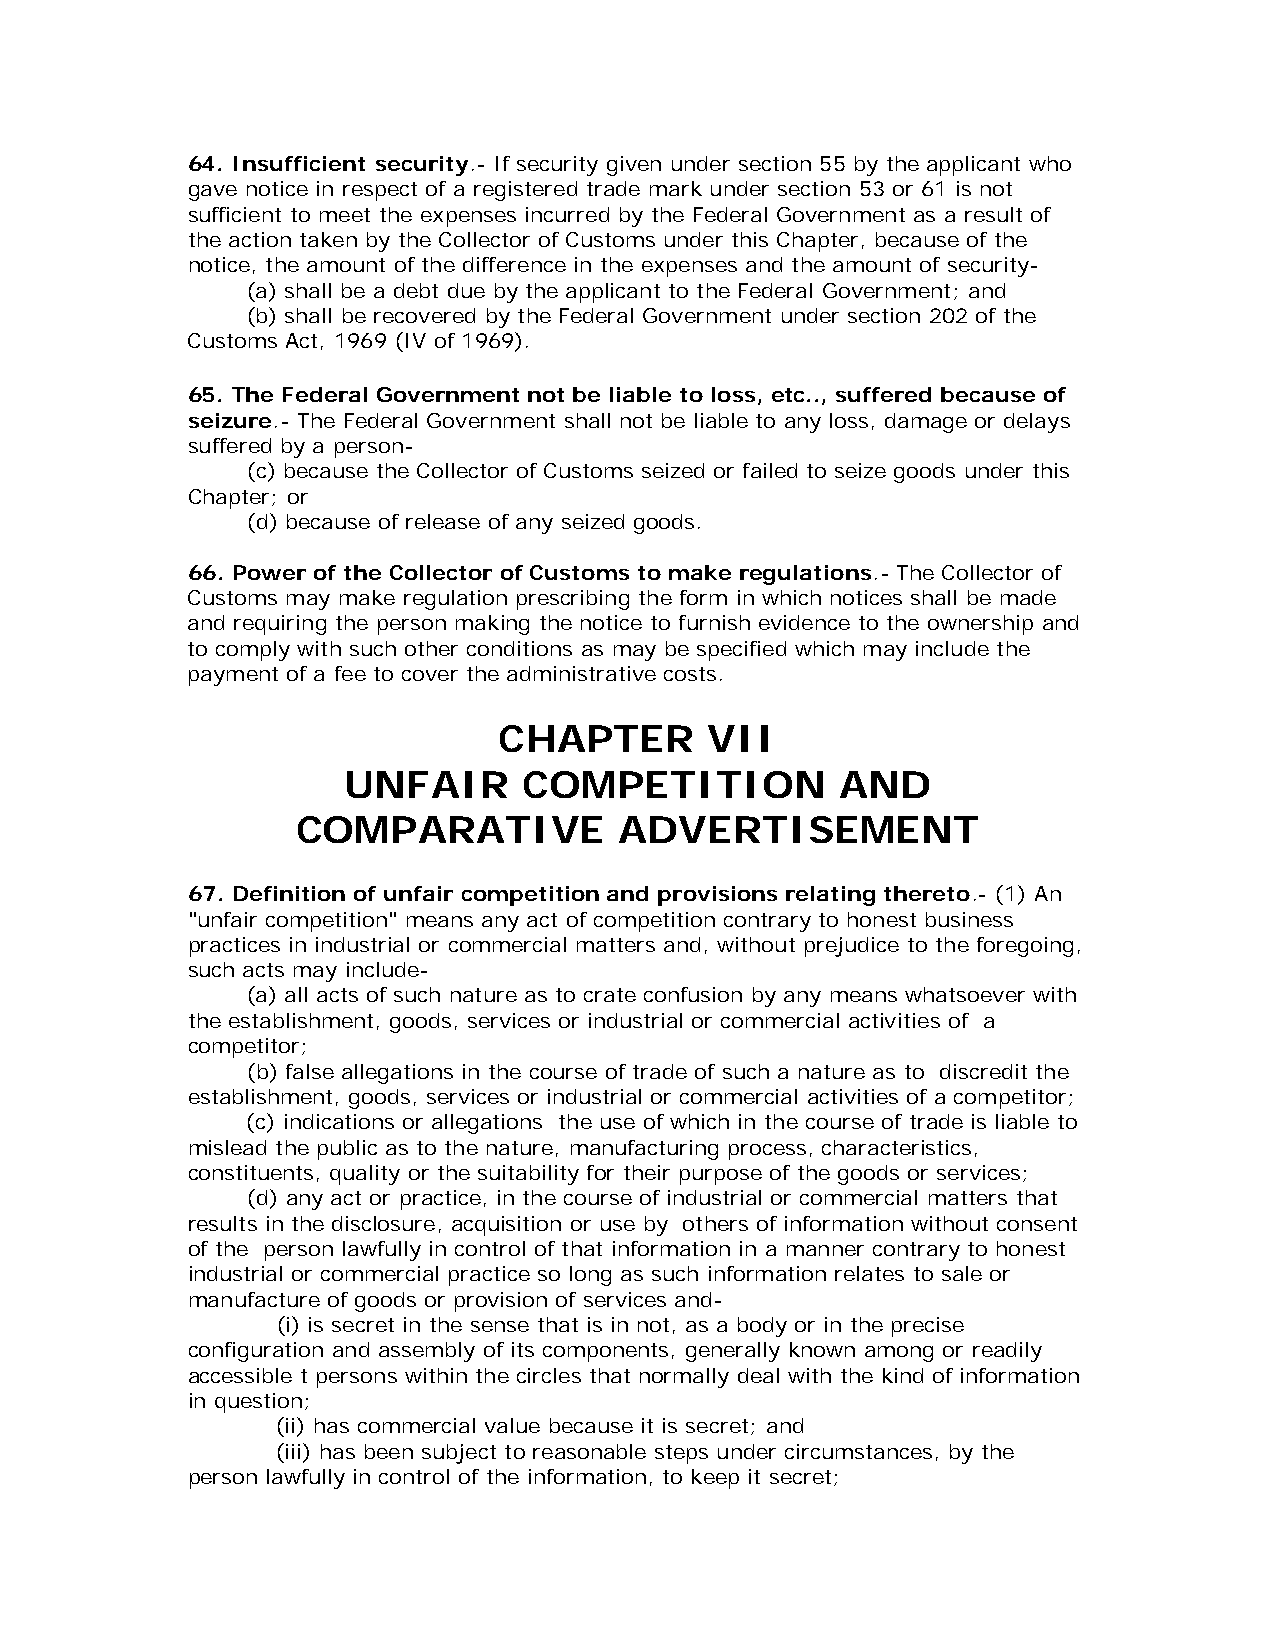
64. Insufficient security.- If security given under section 55 by the applicant who
 gave notice in respect of a registered trade mark under section 53 or 61 is not
 sufficient to meet the expenses incurred by the Federal Government as a result of
 the action taken by the Collector of Customs under this Chapter, because of the
 notice, the amount of the difference in the expenses and the amount of security-
 (a) shall be a debt due by the applicant to the Federal Government; and
 (b) shall be recovered by the Federal Government under section 202 of the
 Customs Act, 1969 (IV of 1969).
 65. The Federal Government not be liable to loss, etc.., suffered because of
 seizure.- The Federal Government shall not be liable to any loss, damage or delays
 suffered by a person-
 (c) because the Collector of Customs seized or failed to seize goods under this
 Chapter; or
 (d) because of release of any seized goods.
 66. Power of the Collector of Customs to make regulations.- The Collector of
 Customs may make regulation prescribing the form in which notices shall be made
 and requiring the person making the notice to furnish evidence to the ownership and
 to comply with such other conditions as may be specified which may include the
 payment of a fee to cover the administrative costs.
 CHAPTER       VII
 UNFAIR      COMPETITION          AND
 COMPARATIVE          ADVERTISEMENT
 67. Definition of unfair competition and provisions relating thereto.- (1) An
 "unfair competition" means any act of competition contrary to honest business
 practices in industrial or commercial matters and, without prejudice to the foregoing,
 such acts may include-
 (a) all acts of such nature as to crate confusion by any means whatsoever with
 the establishment, goods, services or industrial or commercial activities of a
 competitor;
 (b) false allegations in the course of trade of such a nature as to discredit the
 establishment, goods, services or industrial or commercial activities of a competitor;
 (c) indications or allegations the use of which in the course of trade is liable to
 mislead the public as to the nature, manufacturing process, characteristics,
 constituents, quality or the suitability for their purpose of the goods or services;
 (d) any act or practice, in the course of industrial or commercial matters that
 results in the disclosure, acquisition or use by others of information without consent
 of the person lawfully in control of that information in a manner contrary to honest
 industrial or commercial practice so long as such information relates to sale or
 manufacture of goods or provision of services and-
 (i) is secret in the sense that is in not, as a body or in the precise
 configuration and assembly of its components, generally known among or readily
 accessible t persons within the circles that normally deal with the kind of information
 in question;
 (ii) has commercial value because it is secret; and
 (iii) has been subject to reasonable steps under circumstances, by the
 person lawfully in control of the information, to keep it secret;